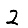
Digit: 2